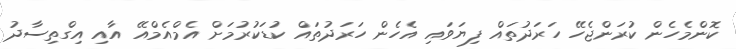
ކޮންމެހެން ކުރަންޖެހޭ ހަރަދުތައް ފިޔަވައި އެހެން ހަރަދުތައް ކުޑަކުރުމަށް އެމްއެމްއޭ އާއި އިގްތިސާދު